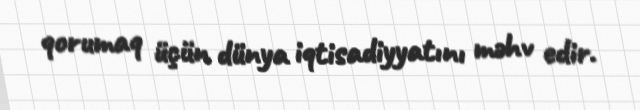
qorumaq üçün dünya iqtisadiyyatını məhv edir.